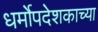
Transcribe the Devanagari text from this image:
धर्मोपदेशकाच्या